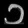
Digit: ၁